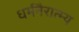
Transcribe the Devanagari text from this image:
धर्मनैरात्म्य